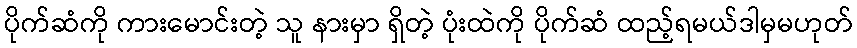
ပိုက်ဆံကို ကားမောင်းတဲ့ သူ နားမှာ ရှိတဲ့ ပုံးထဲကို ပိုက်ဆံ ထည့်ရမယ်ဒါမှမဟုတ်